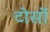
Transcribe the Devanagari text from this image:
टोर्सो